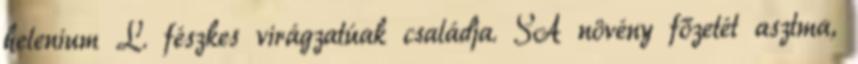
helenium L. fészkes virágzatúak családja. SA növény főzetét asztma,